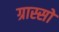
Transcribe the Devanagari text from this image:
ग्रास्सो